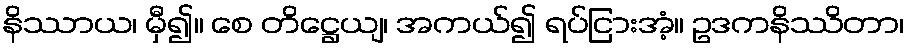
နိဿာယ၊ မှီ၍။ စေ တိဋ္ဌေယျ၊ အကယ်၍ ရပ်ငြားအံ့။ ဥဒကနိဿိတာ၊